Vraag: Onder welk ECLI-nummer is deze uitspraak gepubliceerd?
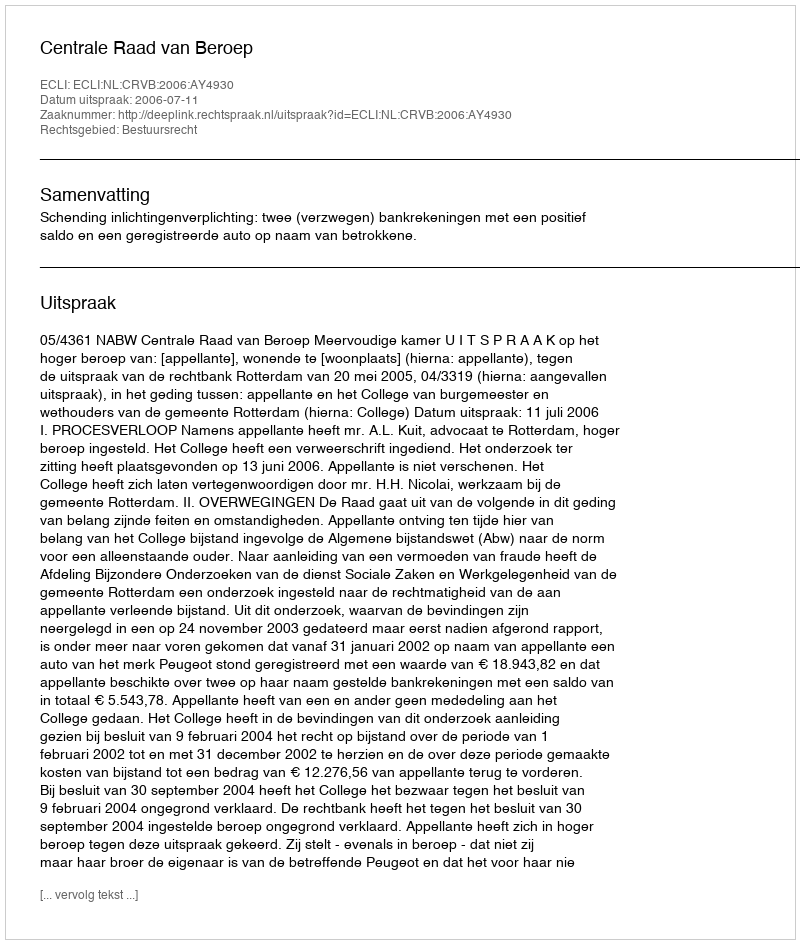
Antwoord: ECLI:NL:CRVB:2006:AY4930